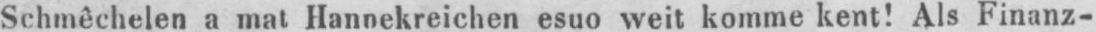
Schmêchelen a mat Hannekreichen esuo weit komme kent! Als Finanz-